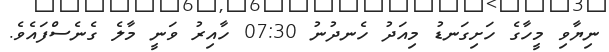
ނިޔާވި މީހާގެ ހަށިގަނޑު މިއަދު ހެނދުނު 07:30 ހާއިރު ވަނީ މާލެ ގެނެސްފައެވެ.